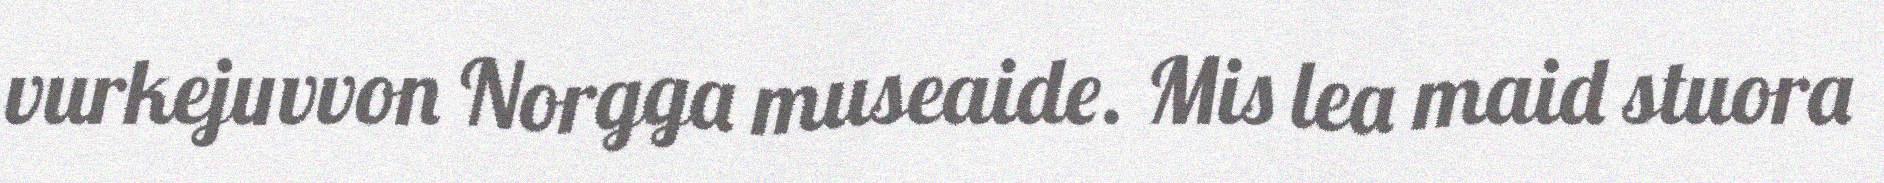
vurkejuvvon Norgga museaide. Mis lea maid stuora